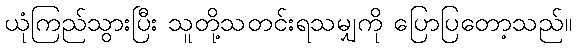
ယုံကြည်သွားပြီး သူတို့သတင်းရသမျှကို ပြောပြတော့သည်။